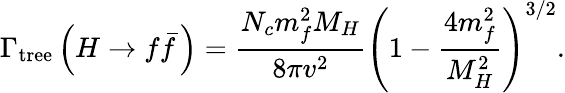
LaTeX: \Gamma_{\mathrm{tree}}\left(H\rightarrow f\bar{f}\, \right)={\frac{N_{c}m_{f}^{2}M_{H}}{8\pi v^{2}}}\left(1-{\frac{4{m_{f}^{2}}}{M_{H}^{2}}}\right)^{3/2}.